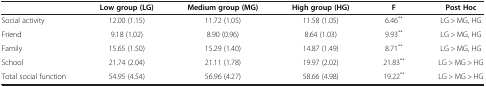
<table><thead><tr><td><b> </b></td><td><b>Low group (LG)</b></td><td><b>Medium group (MG)</b></td><td><b>High group (HG)</b></td><td><b>F</b></td><td><b>Post Hoc</b></td></tr></thead><tbody><tr><td>Social activity</td><td>12.00 (1.15)</td><td>11.72 (1.05)</td><td>11.58 (1.05)</td><td>6.46<sup>**</sup></td><td>LG &gt; MG, HG</td></tr><tr><td>Friend</td><td>9.18 (1.02)</td><td>8.90 (0.96)</td><td>8.64 (1.03)</td><td>9.93<sup>**</sup></td><td>LG &gt; MG, HG</td></tr><tr><td>Family</td><td>15.65 (1.50)</td><td>15.29 (1.40)</td><td>14.87 (1.49)</td><td>8.71<sup>**</sup></td><td>LG &gt; MG, HG</td></tr><tr><td>School</td><td>21.74 (2.04)</td><td>21.11 (1.78)</td><td>19.97 (2.02)</td><td>21.83<sup>**</sup></td><td>LG &gt; MG &gt; HG</td></tr><tr><td>Total social function</td><td>54.95 (4.54)</td><td>56.96 (4.27)</td><td>58.66 (4.98)</td><td>19.22<sup>**</sup></td><td>LG &gt; MG &gt; HG</td></tr></tbody></table>